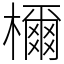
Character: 檷